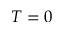
T = 0